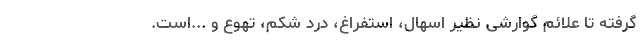
گرفته تا علائم گوارشی نظیر اسهال، استفراغ، درد شکم، تهوع و ...است.